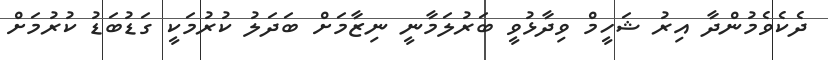
ދެކެވެމުންދާ އިރު ޝަހީމް ވިދާޅުވީ ބަރުލަމާނީ ނިޒާމަށް ބަދަލު ކުރުމަކީ ގަޑުބަޑު ކުރުމަށް